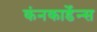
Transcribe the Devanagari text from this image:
कंनकार्डेन्स